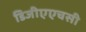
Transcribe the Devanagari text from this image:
डिजीएएचसी